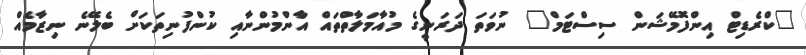
"ކްރެޑިޓް އިންފޮމޭޝަން ސިސްޓަމް" ނުވަތަ ދަރަނީގެ މުއާމަލާތްތައް އާންމުންނާއި ކުންފުނިތަކަށް ބެލޭނެ ނިޒާމެއް